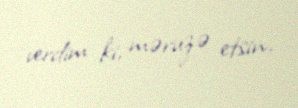
verdim ki, məruzə etsin.